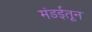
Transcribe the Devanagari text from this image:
मंडईतून